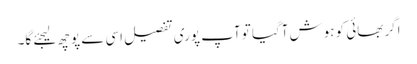
اگر بھائی کو ہوش آگیا تو آپ پوری تفصیل اسی سے پوچھ لیجئے گا۔